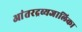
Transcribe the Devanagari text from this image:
आंतरद्रव्यजालिका